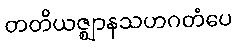
တတိယဇ္ဈာနသဟဂတံပေ